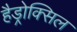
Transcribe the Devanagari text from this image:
हैड्रोक्सिल